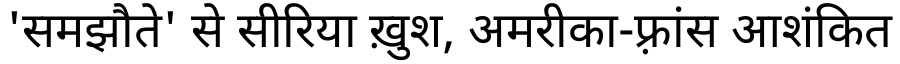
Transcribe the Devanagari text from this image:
'समझौते' से सीरिया ख़ुश, अमरीका-फ़्रांस आशंकित